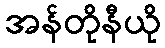
အန်တိုနီယို